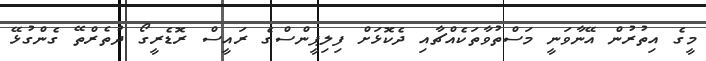
މީގެ އިތުރުން އޭނާވަނީ މަސްތުވާތަކެއްޗާއި ދެކޮޅަށް ފިލިޕީންސްގެ ރައީސް ރޮޑެރީގޯ ދުތެރްތޭ ގެންގުޅޭ